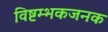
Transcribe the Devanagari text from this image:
विष्टम्भकजनक